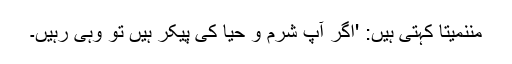
مننمیتا کہتی ہیں: 'اگر آپ شرم و حیا کی پیکر ہیں تو وہی رہیں۔